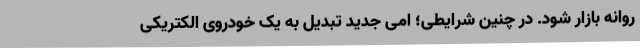
روانه بازار شود. در چنین شرایطی؛ امی جدید تبدیل به یک خودروی الکتریکی